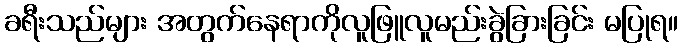
ခရီးသည်များ အတွက်နေရာကိုလူဖြူလူမည်းခွဲခြားခြင်း မပြုရ။